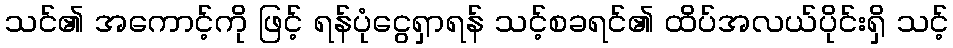
သင်၏ အကောင့်ကို ဖြင့် ရန်ပုံငွေရှာရန် သင့်စခရင်၏ ထိပ်အလယ်ပိုင်းရှိ သင့်